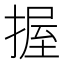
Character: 握